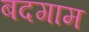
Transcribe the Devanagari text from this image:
बदगाम